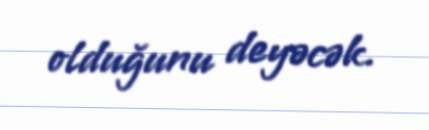
olduğunu deyəcək.